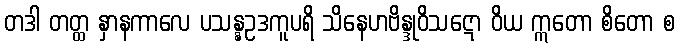
တဒါ တတ္ထ နှာနကာလေ ပသန္နဥဒကူပရိ သိနေဟဗိန္ဒုဝိသဋော ဝိယ ဣတော စိတော စ